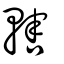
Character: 轄